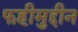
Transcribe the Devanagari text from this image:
फहीमुद्दीन